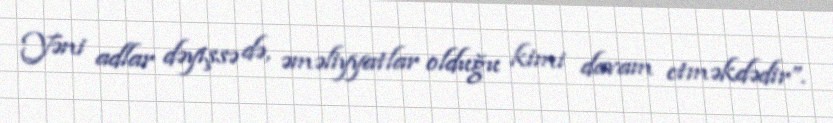
Yəni adlar dəyişsə də, əməliyyatlar olduğu kimi davam etməkdədir”.